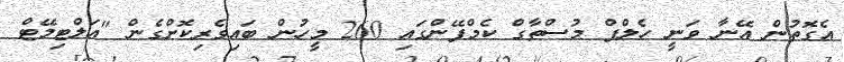
އެގޮތުން އޭނާ ވަނީ ހެލްޕް މުސްތާގް ކެމްޕޭންގައި 260 މީހުން ބައިވެރިކޮށްގެން "އަލްޓިމޭޓް